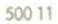
500 11